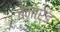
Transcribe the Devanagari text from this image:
बेनार्ड